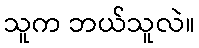
သူက ဘယ်သူလဲ။